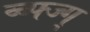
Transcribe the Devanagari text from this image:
व्ब्फ्ज्ग्